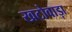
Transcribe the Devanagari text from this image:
खटोवाड़ा